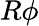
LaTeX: R\phi